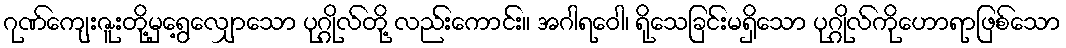
ဂုဏ်ကျေးဇူးတို့မှရွေ့လျှောသော ပုဂ္ဂိုလ်တို့ လည်းကောင်း။ အဂါရဝေါ၊ ရိုသေခြင်းမရှိသော ပုဂ္ဂိုလ်ကိုဟောရာဖြစ်သော